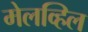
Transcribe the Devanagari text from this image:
मेलव्हिल